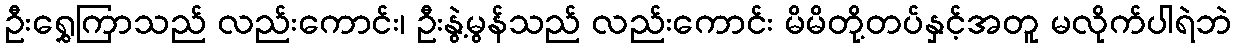
ဦးရွှေကြာသည် လည်းကောင်း၊ ဦးနွဲ့မွန်သည် လည်းကောင်း မိမိတို့တပ်နှင့်အတူ မလိုက်ပါရဲဘဲ